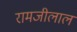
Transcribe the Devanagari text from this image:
रामजीलाल